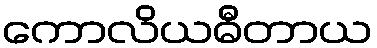
ကောလိယဓီတာယ